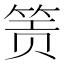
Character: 𬕂